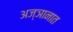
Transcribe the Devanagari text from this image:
अज्ञानात